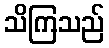
သိကြသည်